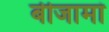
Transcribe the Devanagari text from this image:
बीजामां